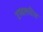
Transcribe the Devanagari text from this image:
टम्बलवीड